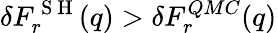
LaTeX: \delta F_{r}^{\mathrm{~S~H~}}(q)>\delta F_{r}^{QMC}(q)